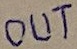
Text: OUT